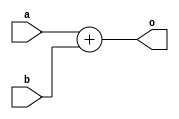
module sub_test(
    input a,b,
    output o);
    
    assign o = a + b;
endmodule

module test(
    input a,b,
    output c);
    
    sub_test inst1(a,b,c);
endmodule